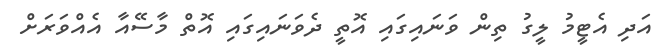
އަދި އެޓީމު ލީގު ތިން ވަނައިގައި އޮތީ ދެވަނައިގައި އޮތް މާސޭއާ އެއްވަރަށް